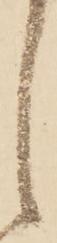
候